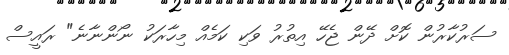
ސަރުކާރުން ކޮށް ދޭން ޖެހޭ އިތުރު ވަކި ކަމެއް މިހާރަކު ނޯންނާނެ" ރައީސް